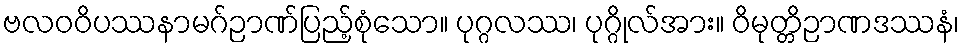
ဗလဝဝိပဿနာမဂ်ဉာဏ်ပြည့်စုံသော။ ပုဂ္ဂလဿ၊ ပုဂ္ဂိုလ်အား။ ဝိမုတ္တိဉာဏဒဿနံ၊